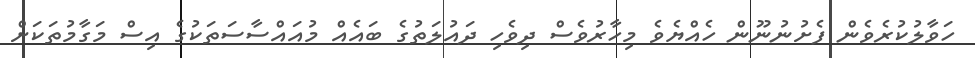
ހަވާލުކުރެވެން ފެށުނުނޫން ހެއްޔެވެ މިހާރުވެސް ދިވެހި ދައުލަތުގެ ބައެއް މުއައްސާސަތަކުގެ އިސް މަގާމުތަކަށް